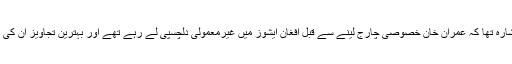
یہ اس جانب اشارہ تھا کہ عمران خان خصوصی چارج لینے سے قبل افغان ایشوز میں غیرمعمولی دلچسپی لے رہے تھے اور بہترین تجاویز ان کی نظر میں تھیں۔